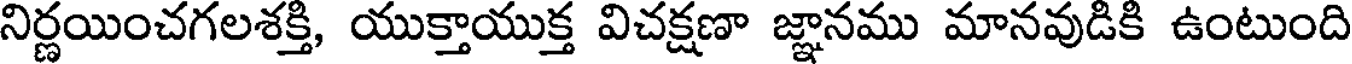
నిర్ణయించగలశక్తి, యుక్తాయుక్త విచక్షణా జ్ఞానము మానవుడికి ఉంటుంది